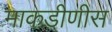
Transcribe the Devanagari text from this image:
माकडीणीस